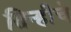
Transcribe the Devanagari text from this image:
तिन्हीचे